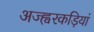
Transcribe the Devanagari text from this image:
अज्ह्वरकड़ियां